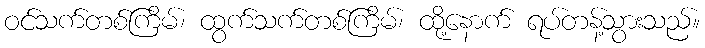
ဝင်သက်တစ်ကြိမ်၊ ထွက်သက်တစ်ကြိမ်၊ ထို့နောက် ရပ်တန့်သွားသည်။